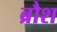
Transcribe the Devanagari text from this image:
ब्रौश